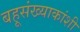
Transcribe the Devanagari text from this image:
बहूसंख्याकांशी